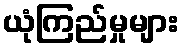
ယုံကြည်မှုများ